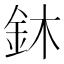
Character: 鈢